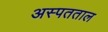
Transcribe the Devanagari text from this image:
अस्पतताल